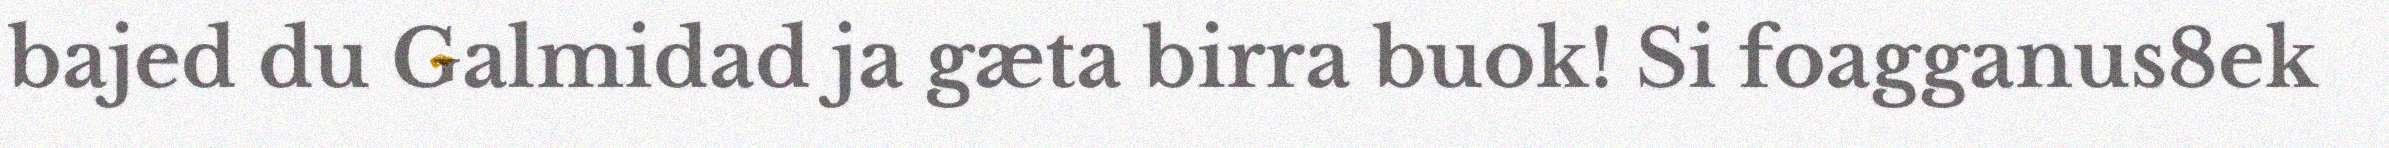
bajed du Galmidad ja gæta birra buok! Si foagganus8ek